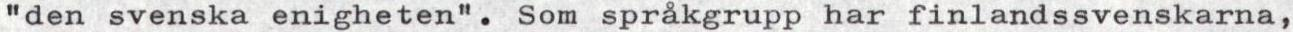
"den svenska enigheten". Som språkgrupp har finlandssvenskarna,